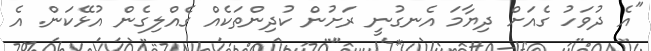
"އެ ދުވަހު ގެއަށް ދިޔާމަ އެނގުނީ ރަށުން ކުދިންތަކެއް ގެއްލިގެން އުޅޭކަން. އެ